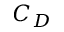
C _ { D }